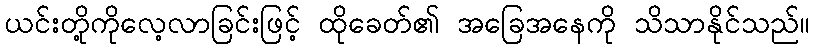
ယင်းတို့ကိုလေ့လာခြင်းဖြင့် ထိုခေတ်၏ အခြေအနေကို သိသာနိုင်သည်။